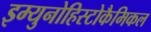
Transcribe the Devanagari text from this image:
इम्युनोहिस्टोकैमिकल